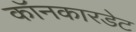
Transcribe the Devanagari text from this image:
कॉनकारडेट